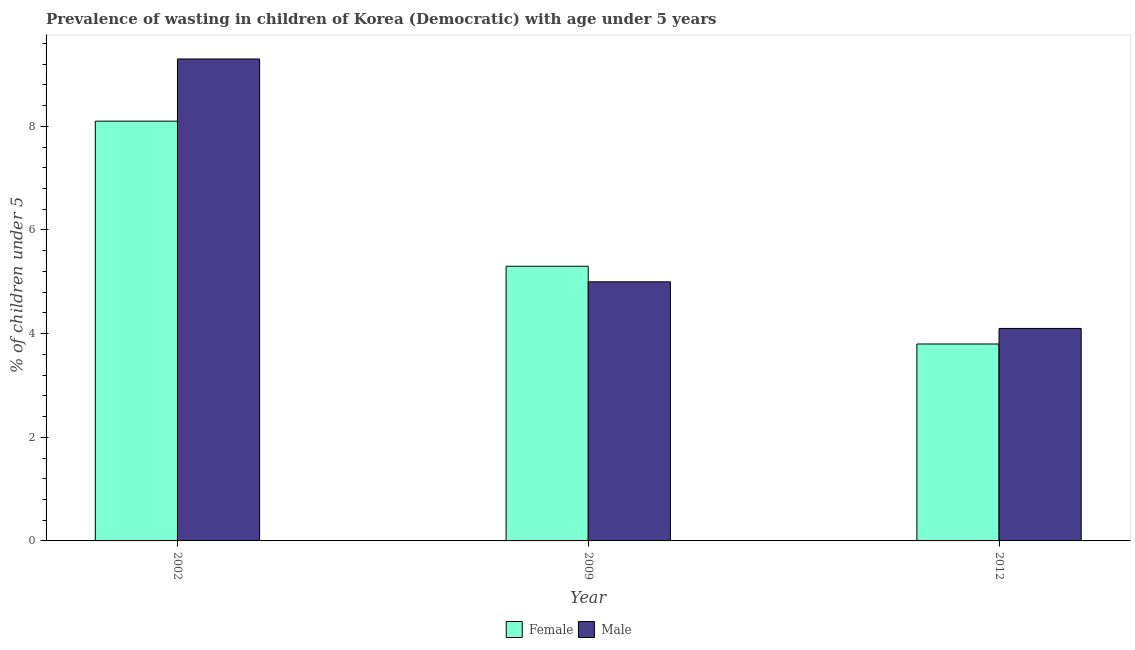
| Year | Female | Male |
 | --- | --- | --- |
 | 2002 | 8.1 | 9.3 |
 | 2009 | 5.3 | 5 |
 | 2012 | 3.8 | 4.1 |